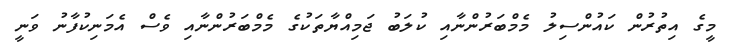
މީގެ އިތުރުން ކައުންސިލު މެމްބަރުންނާއި ކުލަބު ޖަމިއްޔާތަކުގެ މެމްބަރުންނާއި ވެސް އެމަނިކުފާނު ވަނީ